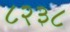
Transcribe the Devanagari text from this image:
८२३८